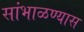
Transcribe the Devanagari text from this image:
सांभाळण्‍यास